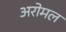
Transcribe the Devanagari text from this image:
अरोमल